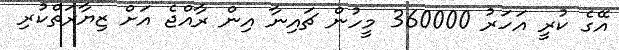
އޭގެ ކުރީ އަހަރު 360000 މީހުން ޗައިނާ އިން ރާއްޖެ އަށް ޒިޔާރަތްކުރި